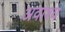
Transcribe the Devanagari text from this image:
अवाश्य